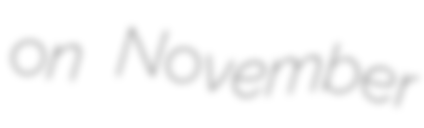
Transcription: on November